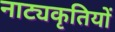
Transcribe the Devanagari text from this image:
नाट्यकृतियों